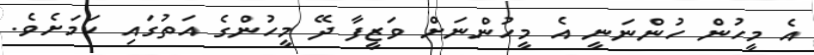
އެ މީހުން ހުންނަނީ އެ މީހުންނަށް ވަޒީފާ ދޭ މީހުންގެ އަތުގައި ކަމަށެވެ.